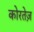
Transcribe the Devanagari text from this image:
कोरतेज़